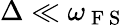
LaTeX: \Delta\ll\omega_{\mathrm{~F~S~}}